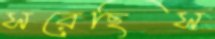
সরেছিস